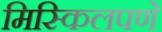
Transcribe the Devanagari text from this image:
मिस्किलपणे